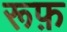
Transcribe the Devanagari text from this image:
रूफ़